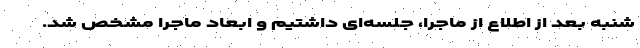
شنبه بعد از اطلاع از ماجرا، جلسه‌ای داشتیم و ابعاد ماجرا مشخص شد.